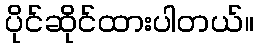
ပိုင်ဆိုင်ထားပါတယ်။